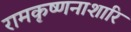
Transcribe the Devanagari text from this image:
रामकृष्णनाशारि